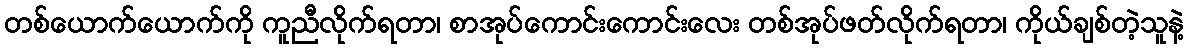
တစ်ယောက်ယောက်ကို ကူညီလိုက်ရတာ၊ စာအုပ်ကောင်းကောင်းလေး တစ်အုပ်ဖတ်လိုက်ရတာ၊ ကိုယ်ချစ်တဲ့သူနဲ့